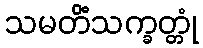
သမတိံသက္ခတ္တုံ